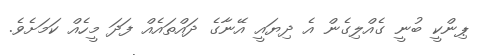
ޕިންކީ ބުނީ ގެއްލިގެން އެ ދިޔައީ އޭނާގެ ދައްތައެއް ފަދަ މީހެއް ކަމަށެވެ.